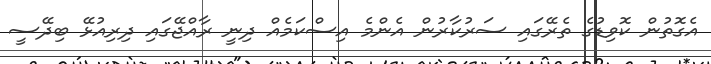
އެގޮތުން ކޮވިޑުގެ ތެރޭގައި ސަރުކާރުން އެންމެ އިސްކަމެއް ދިނީ ރާއްޖޭގައި ދިރިއުޅޭ ބިދޭސީ